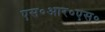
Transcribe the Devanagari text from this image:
एस०आर०एस०